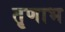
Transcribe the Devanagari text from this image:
तृणाभ